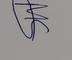
Signature authenticity: genuine